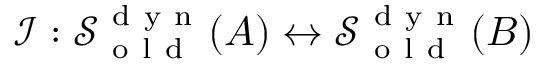
\mathcal { I } : \mathcal { S } _ { \mathrm { ~ o ~ l ~ d ~ } } ^ { \mathrm { ~ d ~ y ~ n ~ } } ( A ) \leftrightarrow \mathcal { S } _ { \mathrm { ~ o ~ l ~ d ~ } } ^ { \mathrm { ~ d ~ y ~ n ~ } } ( B )